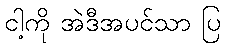
ငါ့ကို အဲဒီအပင်သာ ပြ